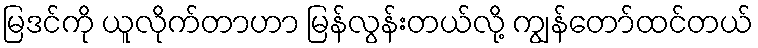
မြဒင်ကို ယူလိုက်တာဟာ မြန်လွန်းတယ်လို့ ကျွန်တော်ထင်တယ်